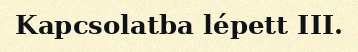
Kapcsolatba lépett III.